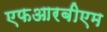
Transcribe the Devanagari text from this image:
एफआरबीएम